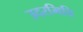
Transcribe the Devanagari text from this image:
उदरभित्ति